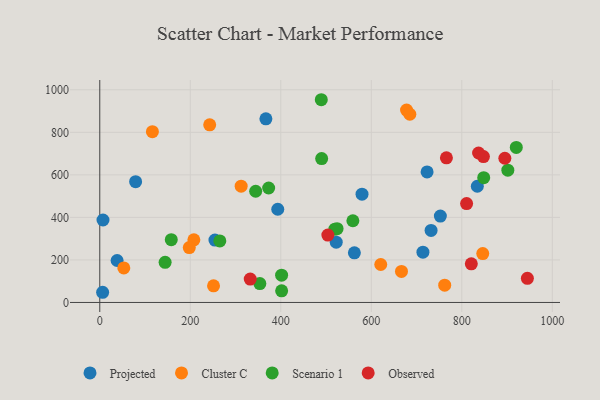
{"axis": {"x": "Experience", "y": "Fuel Efficiency"}, "legend": ["Cluster C", "Observed", "Projected", "Scenario 1"], "data": [{"x": "562.6", "y": 233.4, "type": "Projected"}, {"x": "522.5", "y": 283.6, "type": "Projected"}, {"x": "714.1", "y": 236.5, "type": "Projected"}, {"x": "38.3", "y": 197.4, "type": "Projected"}, {"x": "254.5", "y": 293.2, "type": "Projected"}, {"x": "393.3", "y": 438.2, "type": "Projected"}, {"x": "834.3", "y": 546.5, "type": "Projected"}, {"x": "6.3", "y": 47.9, "type": "Projected"}, {"x": "723.3", "y": 613.6, "type": "Projected"}, {"x": "7.1", "y": 387.8, "type": "Projected"}, {"x": "732.1", "y": 338.6, "type": "Projected"}, {"x": "79.2", "y": 568.0, "type": "Projected"}, {"x": "367.1", "y": 863.5, "type": "Projected"}, {"x": "752.6", "y": 406.0, "type": "Projected"}, {"x": "579.5", "y": 509.4, "type": "Projected"}, {"x": "620.9", "y": 178.6, "type": "Cluster C"}, {"x": "116.3", "y": 802.9, "type": "Cluster C"}, {"x": "846.3", "y": 229.8, "type": "Cluster C"}, {"x": "677.9", "y": 904.4, "type": "Cluster C"}, {"x": "312.4", "y": 546.6, "type": "Cluster C"}, {"x": "685.2", "y": 885.0, "type": "Cluster C"}, {"x": "242.9", "y": 835.4, "type": "Cluster C"}, {"x": "762.2", "y": 81.1, "type": "Cluster C"}, {"x": "207.9", "y": 294.4, "type": "Cluster C"}, {"x": "53.1", "y": 162.3, "type": "Cluster C"}, {"x": "251.4", "y": 78.0, "type": "Cluster C"}, {"x": "197.8", "y": 258.1, "type": "Cluster C"}, {"x": "666.7", "y": 146.0, "type": "Cluster C"}, {"x": "401.9", "y": 54.5, "type": "Scenario 1"}, {"x": "344.5", "y": 522.9, "type": "Scenario 1"}, {"x": "901.7", "y": 621.9, "type": "Scenario 1"}, {"x": "848.4", "y": 586.6, "type": "Scenario 1"}, {"x": "490.3", "y": 676.6, "type": "Scenario 1"}, {"x": "353.7", "y": 88.7, "type": "Scenario 1"}, {"x": "920.4", "y": 729.1, "type": "Scenario 1"}, {"x": "489.5", "y": 953.3, "type": "Scenario 1"}, {"x": "401.8", "y": 128.5, "type": "Scenario 1"}, {"x": "265.3", "y": 289.4, "type": "Scenario 1"}, {"x": "519.5", "y": 344.7, "type": "Scenario 1"}, {"x": "524.4", "y": 347.0, "type": "Scenario 1"}, {"x": "559.3", "y": 384.3, "type": "Scenario 1"}, {"x": "144.4", "y": 188.7, "type": "Scenario 1"}, {"x": "158.0", "y": 295.1, "type": "Scenario 1"}, {"x": "373.2", "y": 538.2, "type": "Scenario 1"}, {"x": "332.5", "y": 110.0, "type": "Observed"}, {"x": "810.6", "y": 465.1, "type": "Observed"}, {"x": "847.8", "y": 686.2, "type": "Observed"}, {"x": "944.9", "y": 113.5, "type": "Observed"}, {"x": "821.0", "y": 181.8, "type": "Observed"}, {"x": "837.1", "y": 702.8, "type": "Observed"}, {"x": "766.0", "y": 680.2, "type": "Observed"}, {"x": "895.1", "y": 678.2, "type": "Observed"}, {"x": "504.0", "y": 317.0, "type": "Observed"}]}